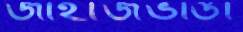
জাহাজভাঙা